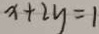
x + 2 y = 1